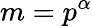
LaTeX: m=p^{\alpha}